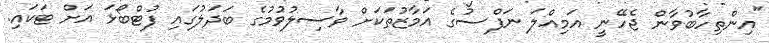
"އިންތިހާބުވާން ޖެހޭނީ އަމިއްލަ ނަފްސުގެ އަމާޒުތަކަށް ވާސިލުވުމުގެ ބަދަލުގައި ފުޓްބޯޅަ އަށް ޓަކައި.